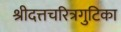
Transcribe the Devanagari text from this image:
श्रीदत्तचरित्रगुटिका